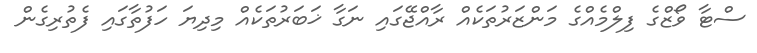
ސްޓާ ވޯޒްގެ ފިލްމެއްގެ މަންޒަރުތަކެއް ރާއްޖޭގައި ނަގާ ޚަބަރުތަކެއް މިދިޔަ ހަފުތާގައި ފެތުރިގެން